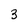
Character: 3